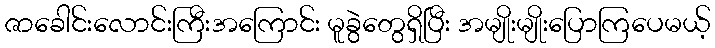
ဇာခေါင်းလောင်းကြီးအကြောင်း မူခွဲတွေရှိပြီး အမျိုးမျိုးပြောကြပေမယ့်